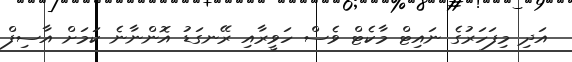
އަދި މިފަހަރުގެ ނައިޓް މާކެޓް ވެސް ހަވީރާއި ރޭނގަޑު އޮންނާނެ ކަމަށް އާސިފް